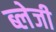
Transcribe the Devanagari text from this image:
ब्लेजी